Indian journal of veterinary science and animal husbandry - Volumes 15-17, 1948-1951
Year: 1948
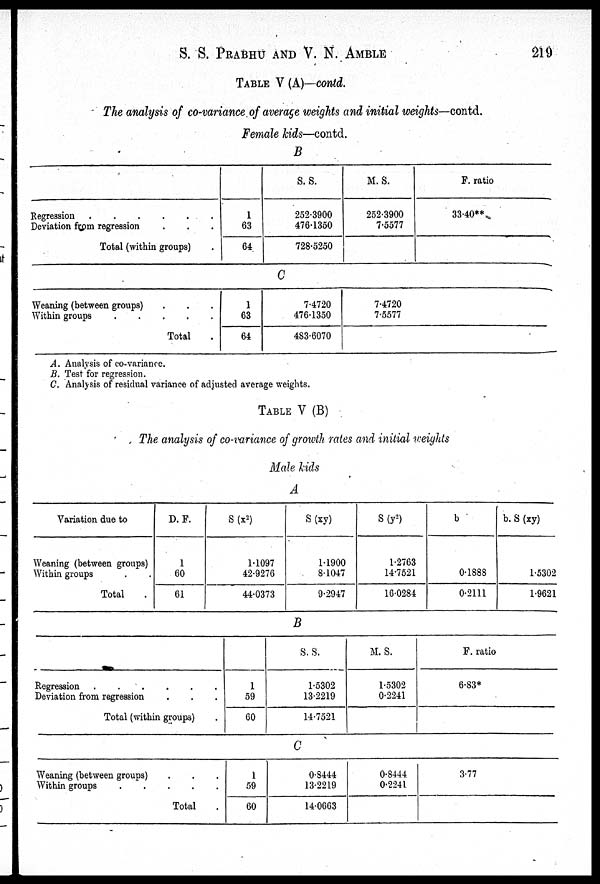
S. S. PRABHU AND V. N. AMBLE
219
TABLE V (A)—contd.
The analysis of co-variance of average weights and initial weights—contd.
Female kids—contd.
B
Regression .
.
.
.
.
.
Deviation from regression . . .
Total (within groups) .
1
63
64
S. S.
252.3900
476.1350
728.5250
M. S.
252.3900
7.5577
F. ratio
33.40**
C
Weaning (between groups) . . .
Within groups . . . . . .
Total .
1
63
64
7.4720
476.1350
483.6070
7.4720
7.5577
A. Analysis of co-variance.
B. Test for regression.
C. Analysis of residual variance of adjusted average weights.
TABLE V (B)
The analysis of co-variance of growth rates and initial weights
Male kids
A
Variation due to
Weaning (between groups)
Within groups . .
Total .
D. F.
1
60
61
S (x 2 )
1.1097
42.9276
44.0373
S (xy)
1.1900
8.1047
9.2947
S (y 2 )
1.2763
14.7521
16.0284
b
0.1888
0.2111
b. S (xy)
1.5302
1.9621
B
Regression .
.
.
.
.
.
Deviation from regression . . .
Total (within groups) .
1
59
60
S. S.
1.5302
13.2219
14.7521
M. S.
1.5302
0.2241
F. ratio
6.83*
C
Weaning (between groups) . . .
Within groups . . . . .
Total .
1
59
60
0.8444
13.2219
14.0663
0.8444
0.2241
3.77